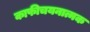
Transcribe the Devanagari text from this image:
काफीचयनात्मक